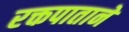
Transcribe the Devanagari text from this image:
रक्तपाताने